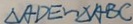
\Delta A D E \sim \Delta A B C